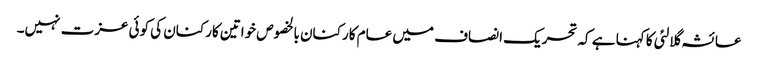
عائشہ گلالئی کا کہنا ہے کہ تحریک انصاف میں عام کارکنان بالخصوص خواتین کارکنان کی کوئی عزت نہیں۔